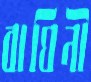
বাঘিনী